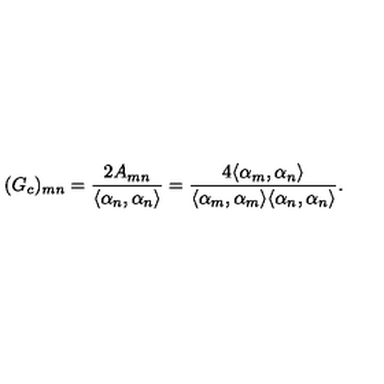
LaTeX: ( G _ { c } ) _ { m n } = { \frac { 2 A _ { m n } } { \langle \alpha _ { n } , \alpha _ { n } \rangle } } = \frac { 4 \langle \alpha _ { m } , \alpha _ { n } \rangle } { \langle \alpha _ { m } , \alpha _ { m } \rangle \langle \alpha _ { n } , \alpha _ { n } \rangle } .